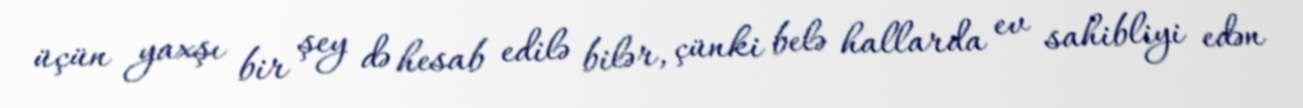
üçün yaxşı bir şey də hesab edilə bilər, çünki belə hallarda ev sahibliyi edən